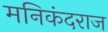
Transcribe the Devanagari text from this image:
मनिकंदराज